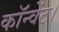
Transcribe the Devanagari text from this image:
कॉन्वेंट।